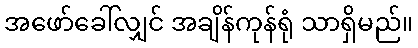
အဖော်ခေါ်လျှင် အချိန်ကုန်ရုံ သာရှိမည်။